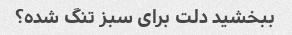
ببخشید دلت برای سبز تنگ شده؟